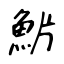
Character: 魸